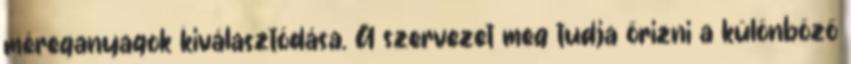
méreganyagok kiválasztódása. A szervezet meg tudja őrizni a különböző